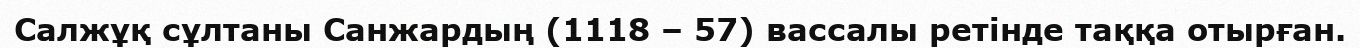
Салжұқ сұлтаны Санжардың (1118 – 57) вассалы ретінде таққа отырған.